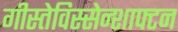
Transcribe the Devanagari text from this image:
गीस्तेविस्सेन्शाफ्टन